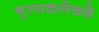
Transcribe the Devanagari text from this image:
नृत्यकलेकडे